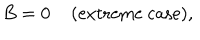
B = 0 \; \mathrm { ( e x t r e m e ~ c a s e ) } ,